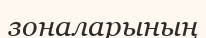
зоналарының